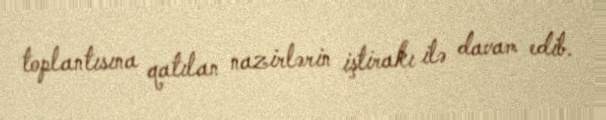
toplantısına qatılan nazirlərin iştirakı ilə davam edib.